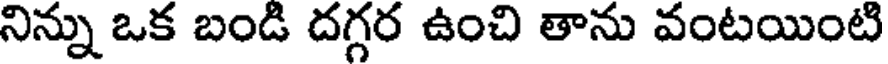
నిన్ను ఒక బండి దగ్గర ఉంచి తాను వంటయింటి